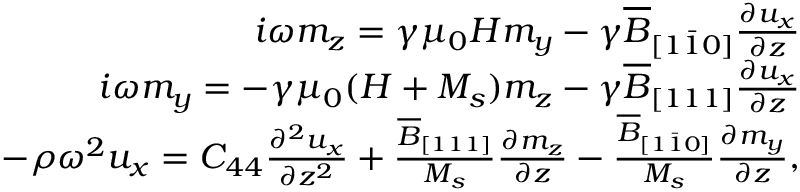
\begin{array} { r } { i \omega m _ { z } = \gamma \mu _ { 0 } H m _ { y } - \gamma \overline { { B } } _ { [ 1 \bar { 1 } 0 ] } \frac { \partial u _ { x } } { \partial z } } \\ { i \omega m _ { y } = - \gamma \mu _ { 0 } ( H + M _ { s } ) m _ { z } - \gamma \overline { { B } } _ { [ 1 1 1 ] } \frac { \partial u _ { x } } { \partial z } } \\ { - \rho \omega ^ { 2 } u _ { x } = C _ { 4 4 } \frac { \partial ^ { 2 } u _ { x } } { \partial z ^ { 2 } } + \frac { \overline { { B } } _ { [ 1 1 1 ] } } { M _ { s } } \frac { \partial m _ { z } } { \partial z } - \frac { \overline { { B } } _ { [ 1 \bar { 1 } 0 ] } } { M _ { s } } \frac { \partial m _ { y } } { \partial z } , } \end{array}